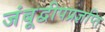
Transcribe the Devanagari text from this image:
जंबूद्वीपप्रज्ञप्ति